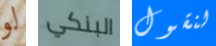
لو البنكي لنقول